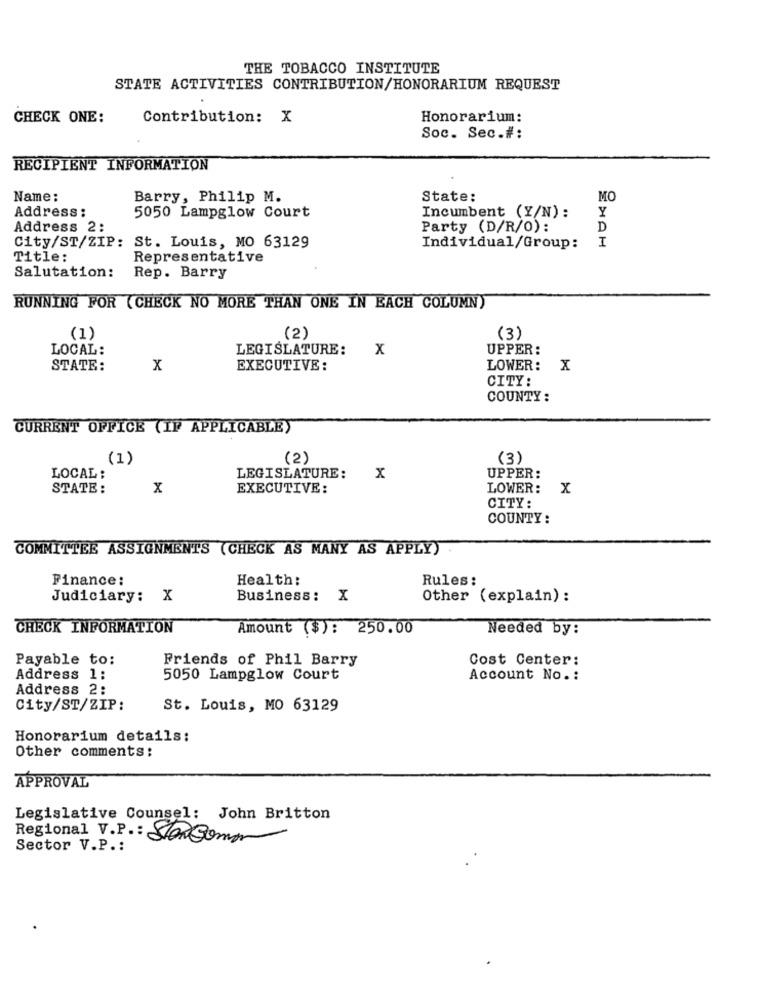
THE TOBACCO INSTITUTE
STATE ACTIVITIES CONTRIBUTION/HONORARIUM REQUEST
CHECK ONE:
Contribution: X
Honorarium:
Soc. Sec.#:
RECIPIENT INFORMATION
Name:
Barry, Philip M.
State:
MO
Address:
5050 Lampglow Court
Y
Incumbent (Y/N) :
Address 2:
Party (D/R/O):
D
City/ST/ZIP: St. Louis, MO 63129
I
Individual/Group:
Title:
Representative
Salutation:
Rep. Barry
RUNNING FOR (CHECK NO MORE THAN ONE IN EACH COLUMN)
(1)
(2)
(3)
LOCAL:
LEGISLATURE:
X
UPPER:
STATE:
X
EXECUTIVE :
LOWER:
CITY:
COUNTY:
CURRENT OFFICE (IF APPLICABLE)
(1)
(2)
(3)
LOCAL :
LEGISLATURE:
x
UPPER:
STATE:
x
EXECUTIVE :
LOWER: X
CITY:
COUNTY:
COMMITTEE ASSIGNMENTS (CHECK AS MANY AS APPLY)
Finance:
Health:
Rules:
Judiciary: X
Business: X
Other (explain) :
CHECK INFORMATION
Amount ($): 250.00
Needed by:
Payable to:
Friends of Phil Barry
Cost Center:
Address 1:
5050 Lampglow Court
Account No .:
Address 2:
City/ST/ZIP:
St. Louis, MO 63129
Honorarium details:
Other comments:
APPROVAL
Legislative Counsel: John Britton
Regional V.P .: Storcomm
Sector V.P .: